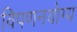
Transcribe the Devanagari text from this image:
विपणनयोग्य